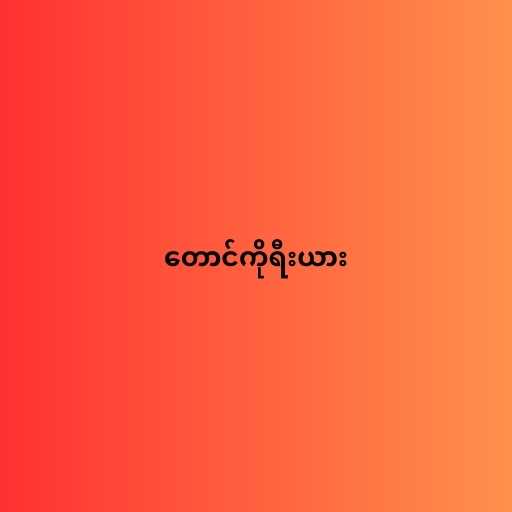
တောင်ကိုရီးယား